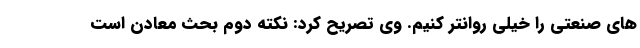
های صنعتی را خیلی روانتر کنیم. وی تصریح کرد: نکته دوم بحث معادن است